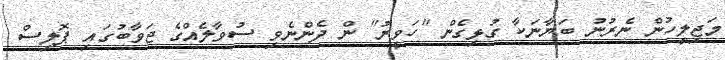
މަޖިލީހުން ނެރުނު ބަޔާނަކާ ގުޅިގެން "ހަވީރު" ން ދެންނެވި ސުވާލެއްގެ ޖަވާބުގައި ޕޮލިސް